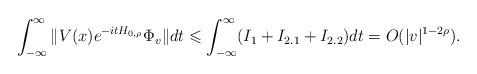
LaTeX: \begin{align*}\int_{-\infty}^\infty\|V(x)e^{-itH_{0,\rho}}\Phi_v\|dt\leqslant\int_{-\infty}^\infty(I_1+I_{2.1}+I_{2.2})dt=O(|v|^{1-2\rho}).\end{align*}